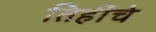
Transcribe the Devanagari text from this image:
तिहींचे